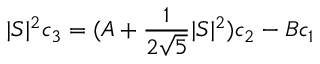
| S | ^ { 2 } c _ { 3 } = ( A + { \frac { 1 } { 2 \sqrt 5 } } | S | ^ { 2 } ) c _ { 2 } - B c _ { 1 }